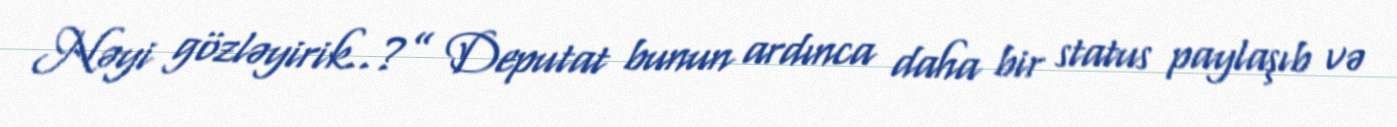
Nəyi gözləyirik..?” Deputat bunun ardınca daha bir status paylaşıb və